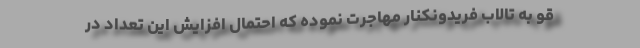
قو به تالاب فریدونکنار مهاجرت نموده که احتمال افزایش این تعداد در